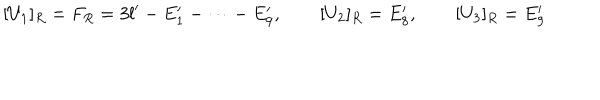
LaTeX: [ U _ { 1 } ] _ { R } = F _ { R } = 3 l ^ { \prime } - E _ { 1 } ^ { \prime } - \dots - E _ { 9 } ^ { \prime } , \qquad [ U _ { 2 } ] _ { R } = E _ { 8 } ^ { \prime } , \qquad [ U _ { 3 } ] _ { R } = E _ { 9 } ^ { \prime }